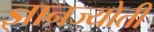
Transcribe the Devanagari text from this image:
ज्ञानज्योती